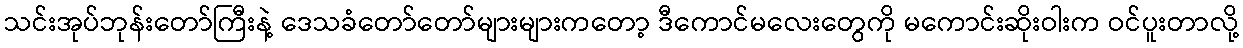
သင်းအုပ်ဘုန်းတော်ကြီးနဲ့ ဒေသခံတော်တော်များများကတော့ ဒီကောင်မလေးတွေကို မကောင်းဆိုးဝါးက ဝင်ပူးတာလို့